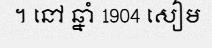
។ នៅ ឆ្នាំ 1904 សៀម